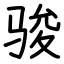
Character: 骏